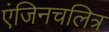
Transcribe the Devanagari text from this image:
एंजिनचलित्र